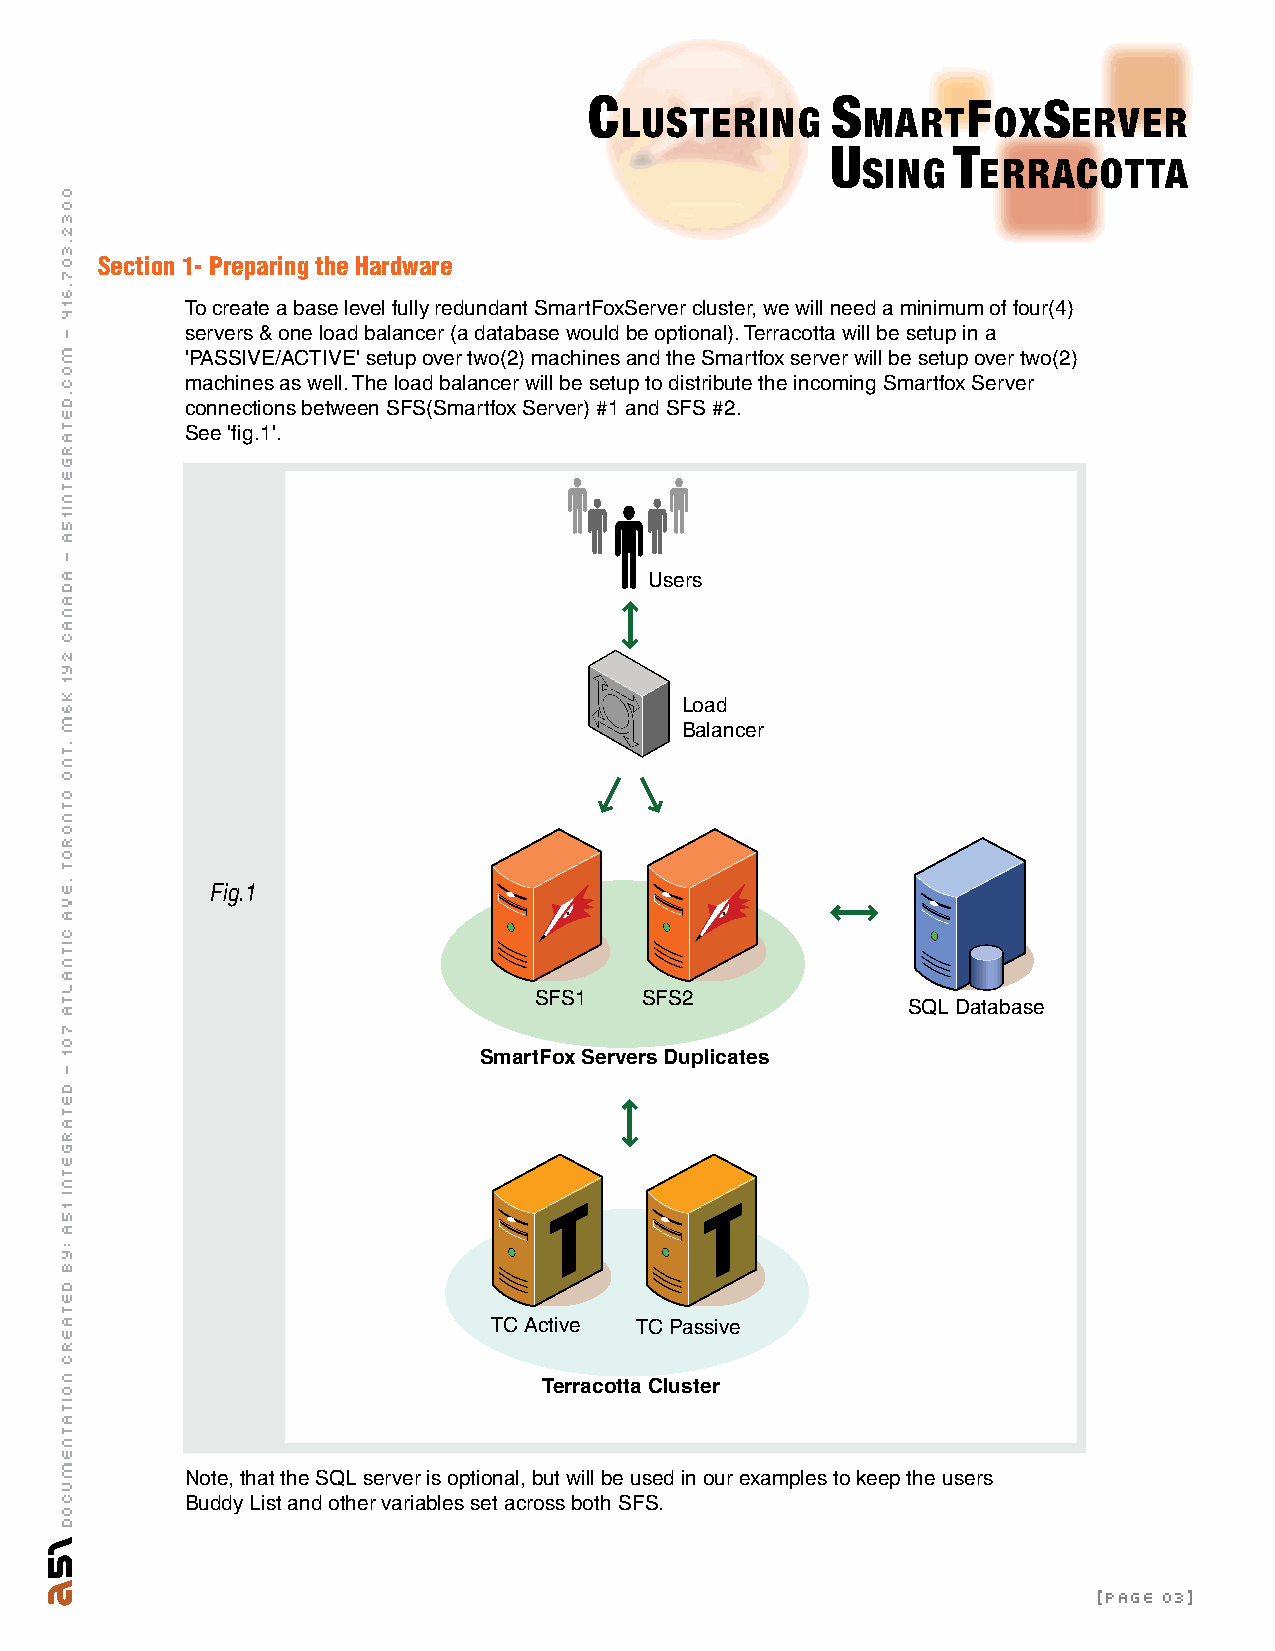
C               S        F    S
 LUSTERING       MART     OX   ERVER
 U       T
 SING    ERRACOTTA
 Section 1- Preparing the Hardware
 To create a base level fully redundant SmartFoxServer cluster, we will need a minimum of four(4)
 servers & one load balancer (a database would be optional). Terracotta will be setup in a
 'PASSIVE/ACTIVE' setup over two(2) machines and the Smartfox server will be setup over two(2)
 machines as well. The load balancer will be setup to distribute the incoming Smartfox Server
 connections between SFS(Smartfox Server) #1 and SFS #2.
 See 'fig.1'.
 Users
 Load
 Balancer
 Fig.1
 SFS1   SFS2
 SQL Database
 SmartFox Servers Duplicates
 TC Active TC Passive
 Terracotta Cluster
 Note, that the SQL server is optional, but will be used in our examples to keep the users
 Buddy List and other variables set across both SFS.
 [page 03]
 0032.307.614
 -
 moc.detargetni15a
 -
 adanac
 2y1
 k6m
 .tno
 otnorot
 .eva
 citnalta
 701
 -
 detargetnI
 15A
 :yb
 detaerC
 noitatnemucoD